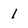
Character: 1